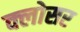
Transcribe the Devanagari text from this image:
क्लोसर